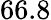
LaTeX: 66.8